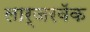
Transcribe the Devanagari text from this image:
लार्जरबॅक